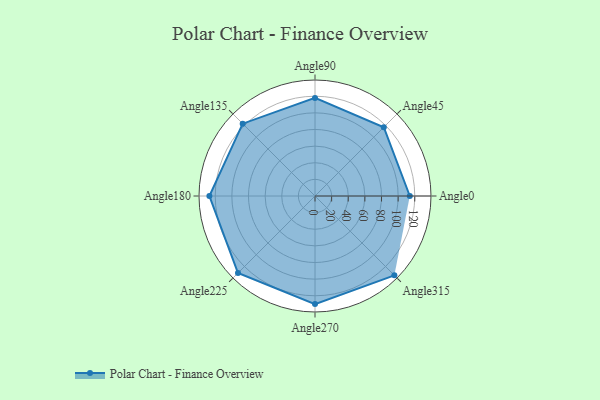
{"axis": {"x": "Angle", "y": "Radius"}, "legend": [""], "data": [{"x": "Angle0", "y": 114.0, "type": ""}, {"x": "Angle45", "y": 117.0, "type": ""}, {"x": "Angle90", "y": 118.0, "type": ""}, {"x": "Angle135", "y": 123.0, "type": ""}, {"x": "Angle180", "y": 127.0, "type": ""}, {"x": "Angle225", "y": 131.0, "type": ""}, {"x": "Angle270", "y": 130.0, "type": ""}, {"x": "Angle315", "y": 135.0, "type": ""}]}